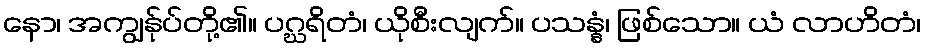
နော၊ အကျွန်ုပ်တို့၏။ ပဂ္ဃရိတံ၊ ယိုစီးလျက်။ ပသန္နံ၊ ဖြစ်သော။ ယံ လာဟိတံ၊